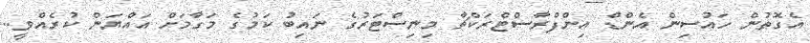
އެގޮތުން ހައުސިން އެންޑް އިންފްރާސްޓްރަކްޗާ މިނިސްޓަރުގެ ނައިބު ކަމުގެ މަގާމަށް އައްޔަން ކުރެއްވީ..